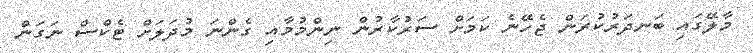
މާލޭގައި ބަނދަރުކުރަން ޖެހޭނެ ކަމަށް ސަރުކާރުން ނިންމުމާއި ގެންނަ މުދަލަށް ޓެކްސް ނަގަން